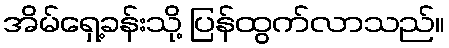
အိမ်ရှေ့ခန်းသို့ ပြန်ထွက်လာသည်။